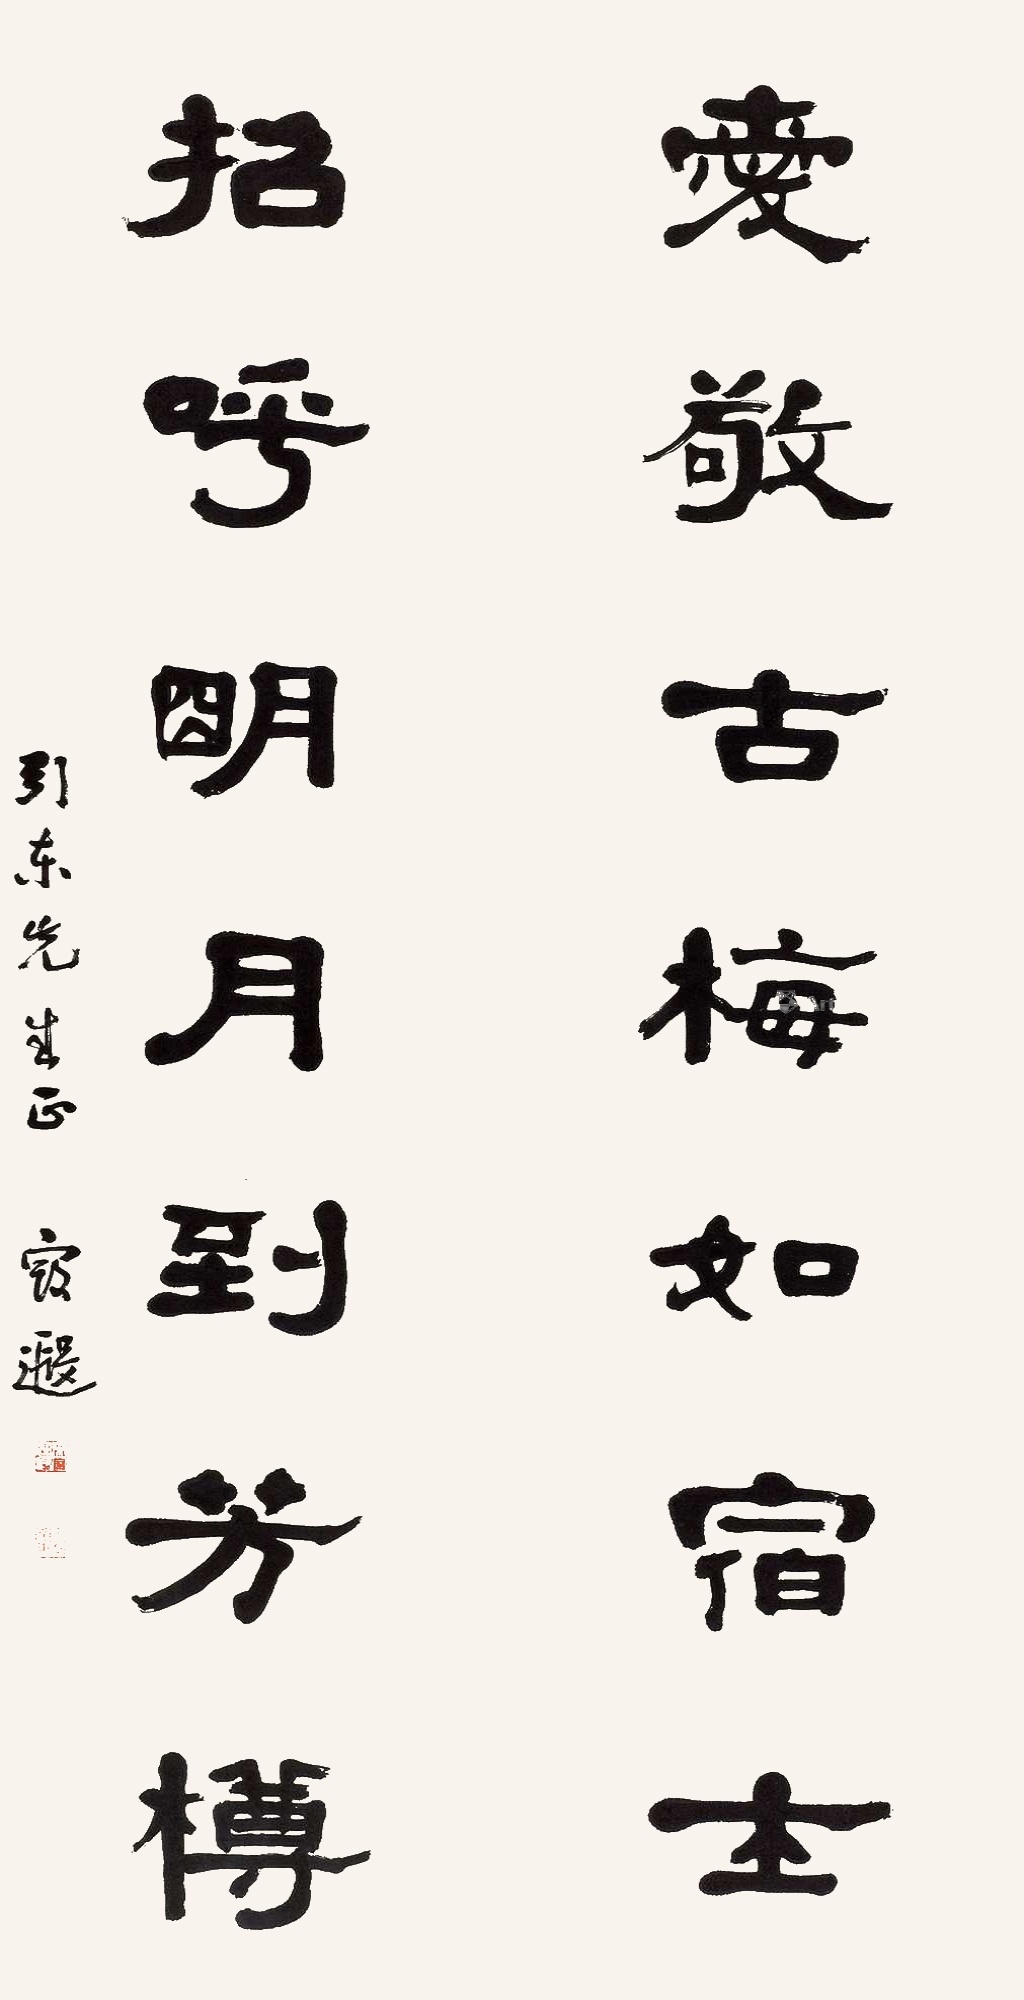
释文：爱敬古梅如宿士，招呼明月到芳尊。引东先生正。寇遐。